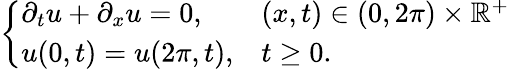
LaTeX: \left\{ \begin{array}{ll}{\partial_{t}u+\partial_{x}u=0,\quad}&{(x,t)\in(0,2\pi)\times\mathbb{R}^{+}}\\ {u(0,t)=u(2\pi,t),}&{t\ge 0.}\end{array}\right.